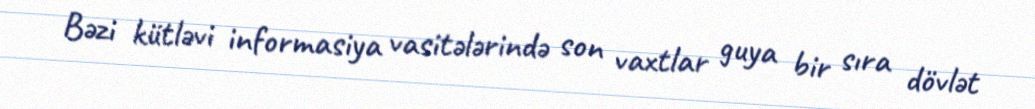
Bəzi kütləvi informasiya vasitələrində son vaxtlar guya bir sıra dövlət